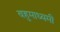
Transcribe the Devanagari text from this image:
बहुमाध्यमी